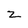
Character: Z